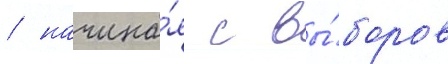
/ начина́я с вы́боров